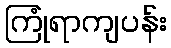
ကြုံရာကျပန်း